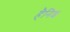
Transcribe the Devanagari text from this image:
हैनिश